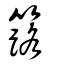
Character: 簬